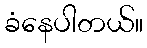
ခံနေပါတယ်။